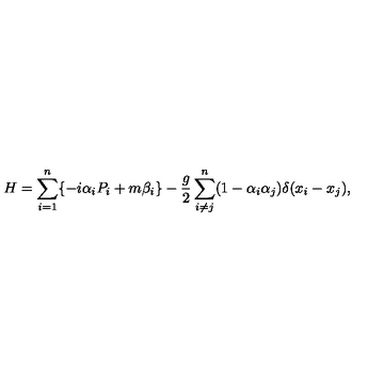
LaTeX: H = \sum _ { i = 1 } ^ { n } \{ - i \alpha _ { i } P _ { i } + m \beta _ { i } \} - \frac { g } { 2 } \sum _ { i \neq j } ^ { n } ( 1 - \alpha _ { i } \alpha _ { j } ) \delta ( x _ { i } - x _ { j } ) ,